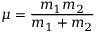
\mu = { \frac { m _ { 1 } m _ { 2 } } { m _ { 1 } + m _ { 2 } } }